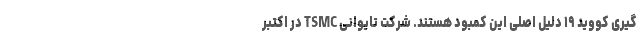
گیری کووید ۱۹ دلیل اصلی این کمبود هستند. شرکت تایوانی TSMC در اکتبر